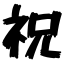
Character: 祝